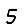
Digit: 5